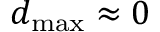
d _ { \mathrm { m a x } } \approx 0